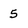
Character: 5